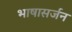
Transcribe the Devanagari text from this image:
भाषासर्जन